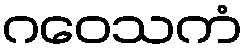
ဂဝေသကံ